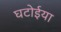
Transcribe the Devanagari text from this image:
घटोईया